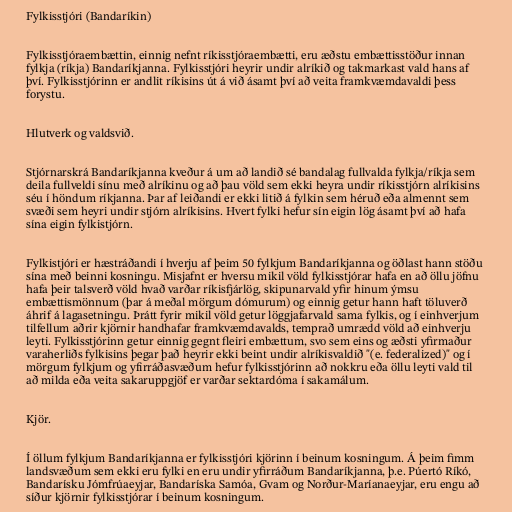
Fylkisstjóri (Bandaríkin)

Fylkisstjóraembættin, einnig nefnt ríkisstjóraembætti, eru æðstu embættisstöður innan
fylkja (ríkja) Bandaríkjanna. Fylkisstjóri heyrir undir alríkið og takmarkast vald hans af
því. Fylkisstjórinn er andlit ríkisins út á við ásamt því að veita framkvæmdavaldi þess
forystu.

Hlutverk og valdsvið.

Stjórnarskrá Bandaríkjanna kveður á um að landið sé bandalag fullvalda fylkja/ríkja sem
deila fullveldi sínu með alríkinu og að þau völd sem ekki heyra undir ríkisstjórn alríkisins
séu í höndum ríkjanna. Þar af leiðandi er ekki litið á fylkin sem héruð eða almennt sem
svæði sem heyri undir stjórn alríkisins. Hvert fylki hefur sín eigin lög ásamt því að hafa
sína eigin fylkistjórn.

Fylkistjóri er hæstráðandi í hverju af þeim 50 fylkjum Bandaríkjanna og öðlast hann stöðu
sína með beinni kosningu. Misjafnt er hversu mikil völd fylkisstjórar hafa en að öllu jöfnu
hafa þeir talsverð völd hvað varðar ríkisfjárlög, skipunarvald yfir hinum ýmsu
embættismönnum (þar á meðal mörgum dómurum) og einnig getur hann haft töluverð
áhrif á lagasetningu. Þrátt fyrir mikil völd getur löggjafarvald sama fylkis, og í einhverjum
tilfellum aðrir kjörnir handhafar framkvæmdavalds, temprað umrædd völd að einhverju
leyti. Fylkisstjórinn getur einnig gegnt fleiri embættum, svo sem eins og æðsti yfirmaður
varaherliðs fylkisins þegar það heyrir ekki beint undir alríkisvaldið "(e. federalized)" og í
mörgum fylkjum og yfirráðasvæðum hefur fylkisstjórinn að nokkru eða öllu leyti vald til
að milda eða veita sakaruppgjöf er varðar sektardóma í sakamálum.

Kjör.

Í öllum fylkjum Bandaríkjanna er fylkisstjóri kjörinn í beinum kosningum. Á þeim fimm
landsvæðum sem ekki eru fylki en eru undir yfirráðum Bandaríkjanna, þ.e. Púertó Ríkó,
Bandarísku Jómfrúaeyjar, Bandaríska Samóa, Gvam og Norður-Maríanaeyjar, eru engu að
síður kjörnir fylkisstjórar í beinum kosningum.